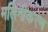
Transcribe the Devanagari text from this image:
मलिनीकरण